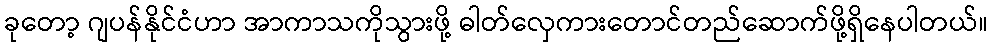
ခုတော့ ဂျပန်နိုင်ငံဟာ အာကာသကိုသွားဖို့ ဓါတ်လှေကားတောင်တည်ဆောက်ဖို့ရှိနေပါတယ်။